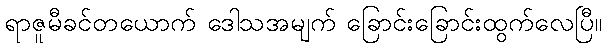
ရာဇူမီခင်တယောက် ဒေါသအမျက် ခြောင်းခြောင်းထွက်လေပြီ။